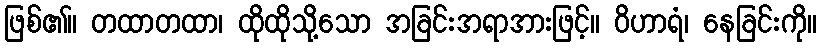
ဖြစ်၏။ တထာတထာ၊ ထိုထိုသို့သော အခြင်းအရာအားဖြင့်။ ဝိဟာရံ၊ နေခြင်းကို။